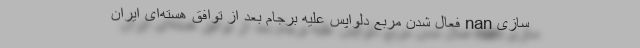
سازی nan فعال شدن مربع دلواپس علیه برجام بعد از توافق هسته‌ای ایران